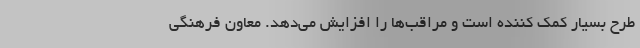
طرح بسیار کمک کننده است و مراقب‌ها را افزایش می‌دهد. معاون فرهنگی